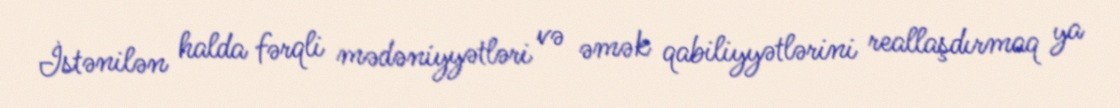
İstənilən halda fərqli mədəniyyətləri və əmək qabiliyyətlərini reallaşdırmaq ya